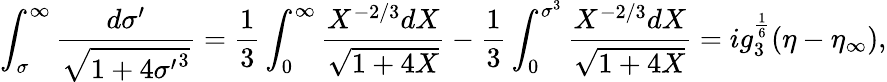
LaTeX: \int_{\sigma}^{\infty}{\frac{d\sigma^{\prime}}{\sqrt{1+4{\sigma^{\prime}}^{3}}}}={\frac{1}{3}}\int_{0}^{\infty}{\frac{X^{-2/3}dX}{\sqrt{1+4X}}}-{\frac{1}{3}}\int_{0}^{\sigma^{3}}{\frac{X^{-2/3}dX}{\sqrt{1+4X}}}=ig_{3}^{\frac{1}{6}}(\eta-\eta_{\infty}),